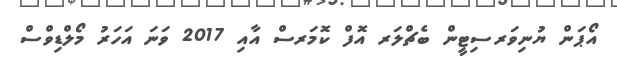
އޯޕަން ޔުނިވަރސިޓީން ބެޗްލަރ އޮފް ކޮމަރސް އާއި 2017 ވަނަ އަހަރު މޯލްޑިވްސް